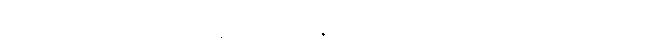
အဘယ်သို့လျှောက်ထားသနည်း။ ဘဒ္ဒန္တေ၊ အရှင်မြတ်တို့။ ကထံဉာယတိ၊ အဘယ်သို့